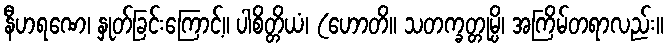
နီဟရဏေ၊ နှုတ်ခြင်းကြောင့်။ ပါစိတ္တိယံ၊ (ဟောတိ။ သတက္ခတ္တုမ္ပိ၊ အကြိမ်တရာလည်း။